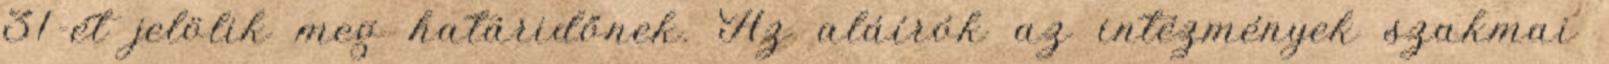
31-ét jelölik meg határidőnek. Az aláírók az intézmények szakmai